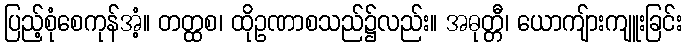
ပြည့်စုံစေကုန်အံ့။ တတ္ထစ၊ ထိုဥဏာစသည်၌လည်း။ အဓုတ္တီ၊ ယောကျ်ားကျူးခြင်း